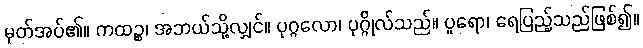
မှတ်အပ်၏။ ကထဉ္စ၊ အဘယ်သို့လျှင်။ ပုဂ္ဂလော၊ ပုဂ္ဂိုလ်သည်။ ပူရော၊ ရေပြည့်သည်ဖြစ်၍။